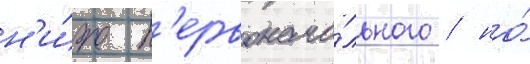
н'и́же п'ервонача́льного / но́